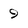
Character: 9